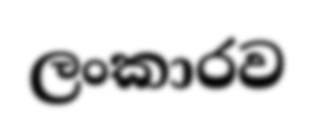
ලංකාරව